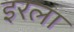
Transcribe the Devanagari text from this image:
इरला